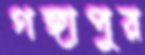
গঙ্গাপুর